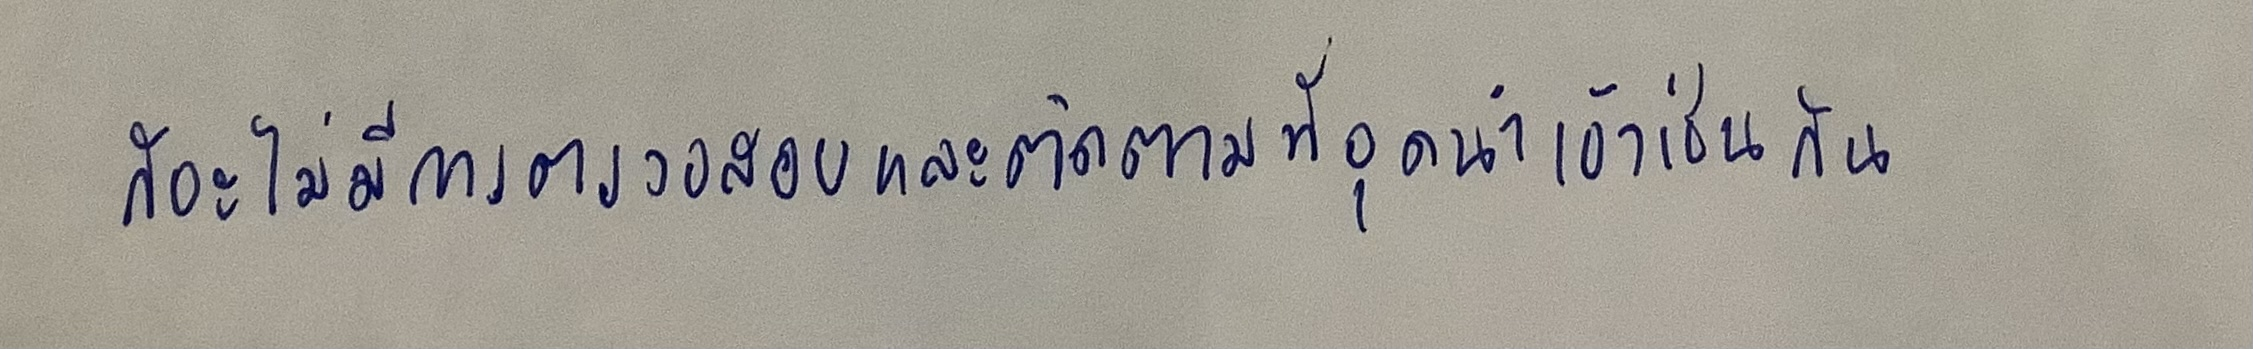
ก็จะไม่มีการตรวจสอบและติดตามที่จุดนำเข้าเช่นกัน